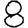
Digit: 8